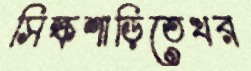
সিল্কশাড়িতেখর